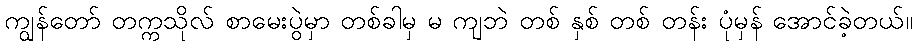
ကျွန်တော် တက္ကသိုလ် စာမေးပွဲမှာ တစ်ခါမှ မ ကျဘဲ တစ် နှစ် တစ် တန်း ပုံမှန် အောင်ခဲ့တယ်။